Report on the working of the Ranchi Indian Mental Hospital, Kanke, in Bihar and Orissa - 1930-1940
Year: 1930
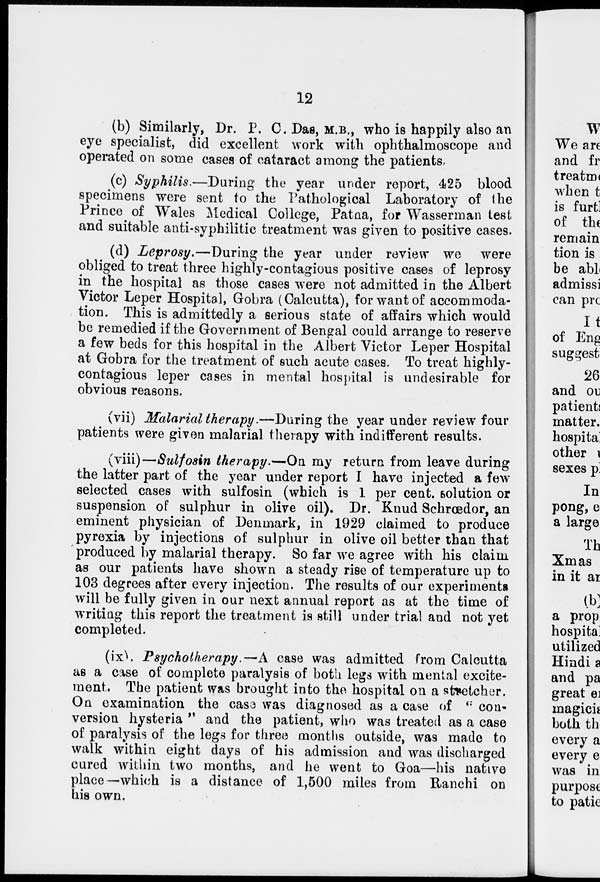
12
(b) Similarly, Dr. P. C. Das, M.B., who is happily also an
eye specialist, did excellent work with ophthalmoscope and
operated on some cases of cataract among the patients,
(c) Syphilis.—During
the year under report, 425 blood
specimens were sent to the Pathological Laboratory of the
Prince of Wales Medical College, Patna, for Wasserman test
and suitable anti-syphilitic treatment was given to positive cases.
(d) Leprosy.—During the year under review we were
obliged to treat three highly-contagious positive cases of leprosy
in the hospital as those cases were not admitted in the Albert
Victor Leper Hospital, Gobra (Calcutta), for want of accommoda-
tion. This is admittedly a serious state of affairs which would
be remedied if the Government of Bengal could arrange to reserve
a few beds for this hospital in the Albert Victor Leper Hospital
at Gobra for the treatment of such acute cases. To treat highly-
contagious leper cases in mental hospital is undesirable for
obvious reasons.
(vii) Malarial therapy.—During the year under review four
patients were given malarial therapy with indifferent results.
(viii)—Sulfosin therapy.—On my return from leave during
the latter part of the year under report I have injected a few
selected cases with sulfosin (which is 1 per cent. solution or
suspension of sulphur in olive oil). Dr. Knud Schrœdor, an
eminent physician of Denmark, in 1929 claimed to produce
pyrexia by injections of sulphur in olive oil better than that
produced by malarial therapy. So far we agree with his claim
as our patients have shown a steady rise of temperature up to
103 degrees after every injection. The results of our experiments
will be fully given in our next annual report as at the time of
writing this report the treatment is still under trial and not yet
completed.
(ix). Psychotherapy.—A case was admitted from Calcutta
as a case of complete paralysis of both legs with mental excite-
ment. The patient was brought into the hospital on a stretcher.
On examination the cas3 was diagnosed as a case of " con-
version hysteria " and the patient, who was treated as a case
of paralysis of the legs for three months outside, was made to
walk within eight days of his admission and was discharged
cured within two months, and he went to Goa—his native
place—which is a distance of 1,500 miles from Ranchi on
his own.